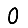
Digit: 0